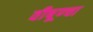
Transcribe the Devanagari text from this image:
वीषूण्चा